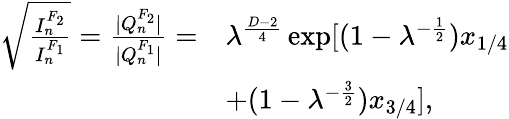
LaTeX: \begin{array}{rl}{\sqrt{\frac{I_{n}^{F_{2}}}{I_{n}^{F_{1}}}}=\frac{|Q_{n}^{F_{2}}|}{|Q_{n}^{F_{1}}|}=}&{\lambda^{\frac{D-2}{4}}\exp[(1-\lambda^{-\frac{1}{2}})x_{1/4}}\\ &{+(1-\lambda^{-\frac{3}{2}})x_{3/4}],}\end{array}